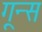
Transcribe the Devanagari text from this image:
गून्स